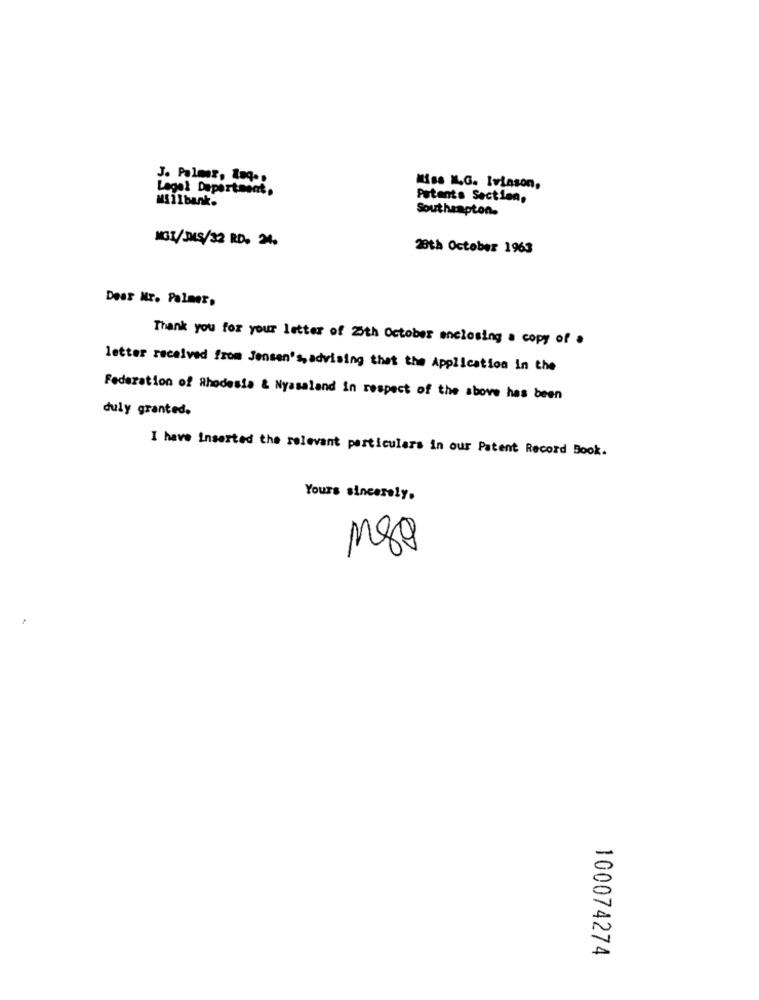
J. Palmer, Loq ..
Legal Department.
Miss IL.G. Ivinson,
MS ]1 bank.
Patents Section,
Southampton.
MG3/345/32 RD. 24.
28th October 1963
Dear Mr. Palmer,
Thank you for your letter of Zoth October enclosing a copy of .
letter received from Jensen's, advising thet the Application in the
Federation of Rhodesia & Nyasaland in respect of the above has been
duly granted.
I have Inserted the relevant particulars in our Patent Record Book.
Yours sincerely.
100074274